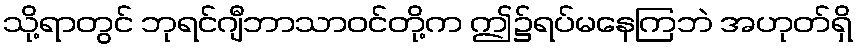
သို့ရာတွင် ဘုရင်ဂျီဘာသာဝင်တို့က ဤ၌ရပ်မနေကြဘဲ အဟုတ်ရှိ